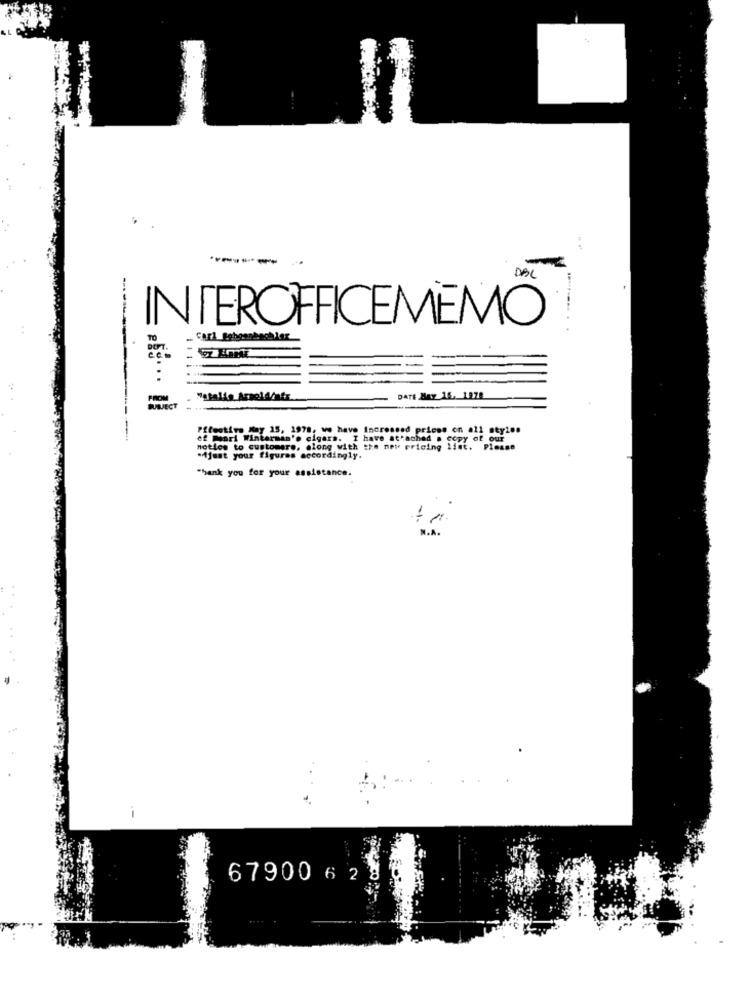
DAL
INTEROFFICEMEMO
.
TO
-----
FROM
"atalia Arnold/afr.
DATE May 16. 1978
BURJECT
Pffective May 15, 1978, we have increased prices on all styles
ef mari Winterman's cigars. I have attached . copy of our
noties to customare, along with the new pricing list. Please
"ijust your figures accordingly.
"hank you for your assistance.
--
67900 6 2